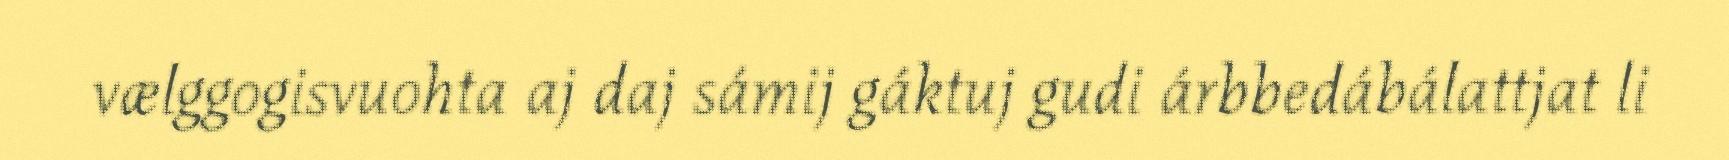
vælggogisvuohta aj daj sámij gáktuj gudi árbbedábálattjat li